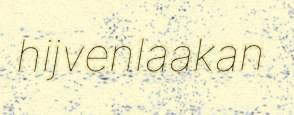
hijvenlaakan